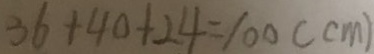
3 6 + 4 0 + 2 4 = 1 0 0 ( c m )